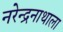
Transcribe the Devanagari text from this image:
नरेन्द्रनाथाला